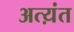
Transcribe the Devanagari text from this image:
अत्य़ंत